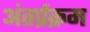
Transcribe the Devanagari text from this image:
अंतर्प्रक्रम